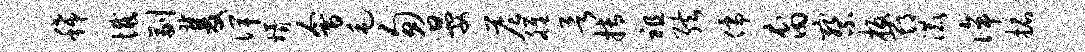
稀憾副双俾婿会毛匆晏答雒欲搏祖弦儒裔察板期漉侔拓